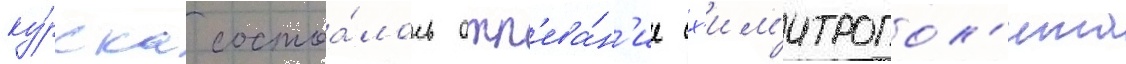
ку́рска состоа́лось отп'ева́н'ие сх'им'итропол'ита